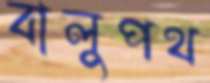
বালুপথ